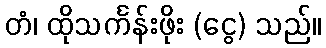
တံ၊ ထိုသင်္ကန်းဖိုး (ငွေ) သည်။